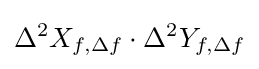
\Delta ^{2}X_{f,\Delta f}\cdot \Delta ^{2}Y_{f,\Delta f}